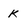
Character: k